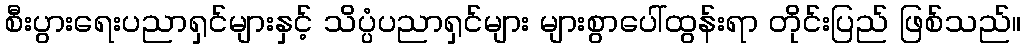
စီးပွားရေးပညာရှင်များနှင့် သိပ္ပံပညာရှင်များ များစွာပေါ်ထွန်းရာ တိုင်းပြည် ဖြစ်သည်။